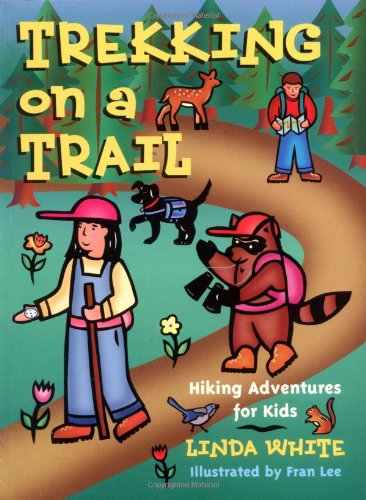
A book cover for Trekking on a Trail (Hiking Adventures for Kids); Linda White; Children's Books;